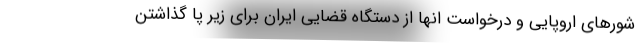
شورهای اروپایی و درخواست انها از دستگاه قضایی ایران برای زیر پا گذاشتن